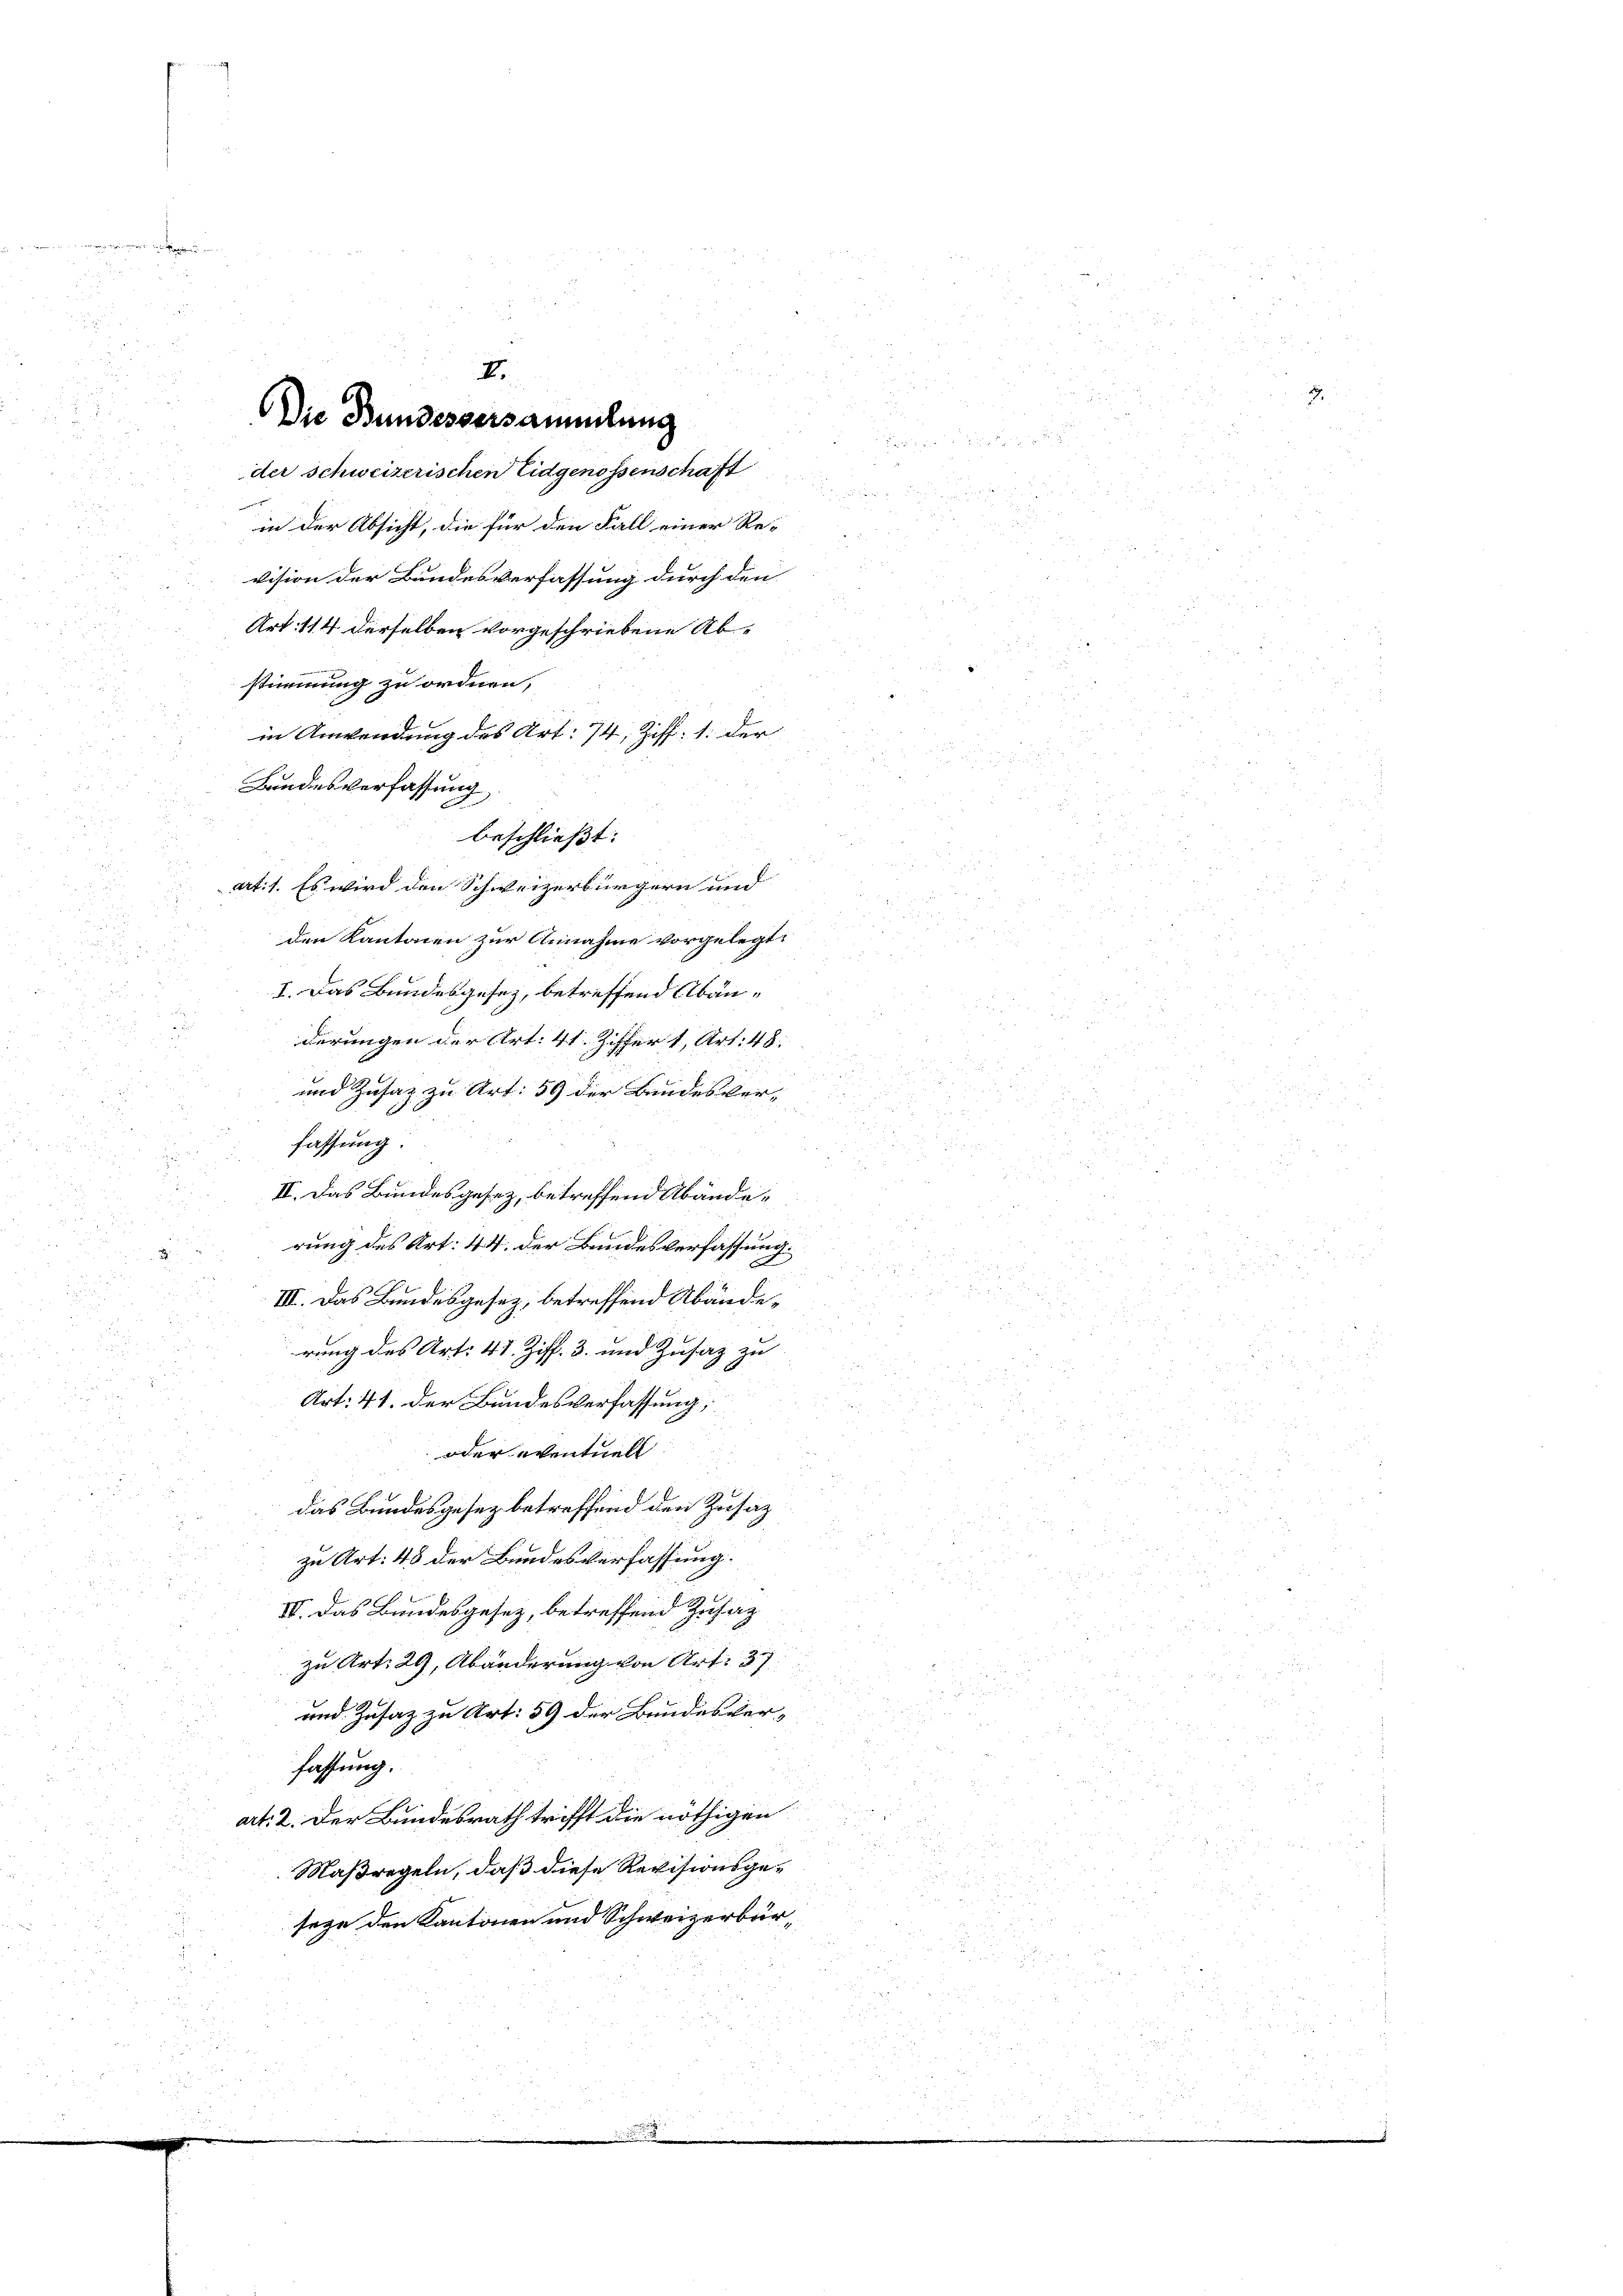
II.
Die Bundesversammlung
der schweizerischen Eidgenossenschaft

.
u

in der Absicht, die für den Fall einer Re-
vision der Bundesverfassung durch den
Art. 114 derselben vorgeschriebene Ab-
.
2
 5
stimmung zu ordnen,
in Anwendung des Art. 74, Ziff. 1. der
u
Bandesverfassung,
beschließt:
at: 1. Es wird den Schweizerbürgern und
u
den Kantonen zur Annahme vorgelegt:
.
282
2
I. Das Bundesgesez, betreffend Abän¬
 2
u

12
derungen der Art. 41. Ziffer 1, Art. 48
und Zusatz zu Art. 59 der Bandesverfassung.
u
II. Das Bundesgesez, betreffend Abänded
rung des Art. 44 der Bandesverfassung.
2

III. Das Bundesgesez, betreffend Abände¬

u
rung des Art: 41 Ziff. 3. und Zusatz zu
u
d
Art. 41. der Bundesverfassung,
oder eventuell
das Bundesgesez betreffend den Zusatz
zu Art. 48 der Bundesverfassung.
IV. Das Bundesgesez, betreffend Zusag
2
zu Art. 29, Abänderung von Art. 37
:
und Zusatz zu Art. 59 der Bundesver-
fassung.
art: 2. Der Bundesrath trifft die nöthigen
Maßregeln, daß diese Revisionsgesege den Kantonen und Schweizerbür